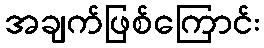
အချက်ဖြစ်ကြောင်း